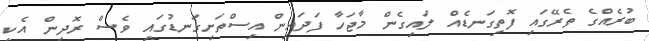
ބުރެއްގެ ތެރޭގައި ފޮތިގަނޑެއް ލައިގެން މާޖަހާ ފަދައިން އިސްތަށިގަނޑުގައި ވެސް ރޮދިން އެކި